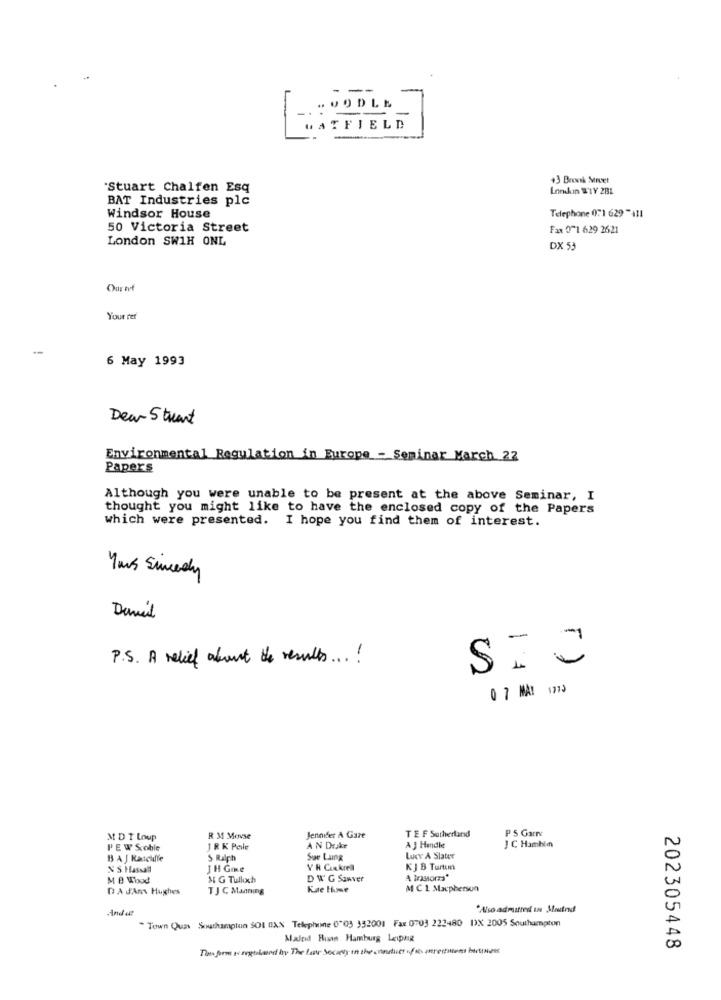
---
L
. OODLE
-.
HATFIELD
+3 Bensk Street
'Stuart Chalfen Esq
Lorkin WHY 2BL
BAT Industries plc
Windsor House
Telephone 071 629 "411
50 Victoria Street
Fax 0-1 629 2621
London SW1H ONL
DX 53
Our nf
Your rer
6 May 1993
Dear S trent
Environmental Regulation in Europe - Seminar March 22
Papers
Although you were unable to be present at the above Seminar, I
thought you might like to have the enclosed copy of the Papers
which were presented. I hope you find them of interest.
Yours Sincerely
David
F.
-
P.S. A relief about the results ... !
0 7 MA: 1733
PS Garry
M DT Loup
R M Movse
Jennifer A Gare
TEF Sutherland
PEW Scoble
JR K Pelle
A N Drake
A J Handle
J C Hambin
B A J Kaschiffe
S Ralph
Sue Lung
Lucy A Slater
NS Hassall
1 H GIRe
VR Cinkreal
KJ B Turtım
M B Whod
M G Tullxh
D WG Sanver
A Irastorza*
DA JAns Hughes
TJ C Manning
Kae Home
M C 1 Macpherson
"Also admitted In Mand
Town Quas Southampton SOL DAN Telephone 0"03 352001 Fax 0703 222480 D)X 2005 Southampton
Maled Buns Hamburg Leipzig
Tous form y regtstand by The Lar Society in the conduct of is mnreditiens botten
202305448